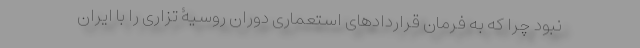
نبود چرا که به فرمان قراردادهای استعماری دوران روسیۀ تزاری را با ایران